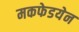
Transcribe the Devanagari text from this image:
मकफेडयेन